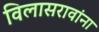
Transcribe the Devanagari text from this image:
विलासरावांना